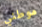
موطني